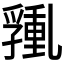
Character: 𰁑